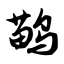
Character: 鹋